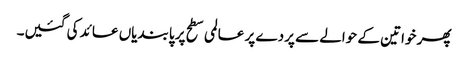
پھر خواتین کے حوالے سے پردے پر عالمی سطح پر پابندیاں عائد کی گئیں۔